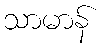
သာမာန်